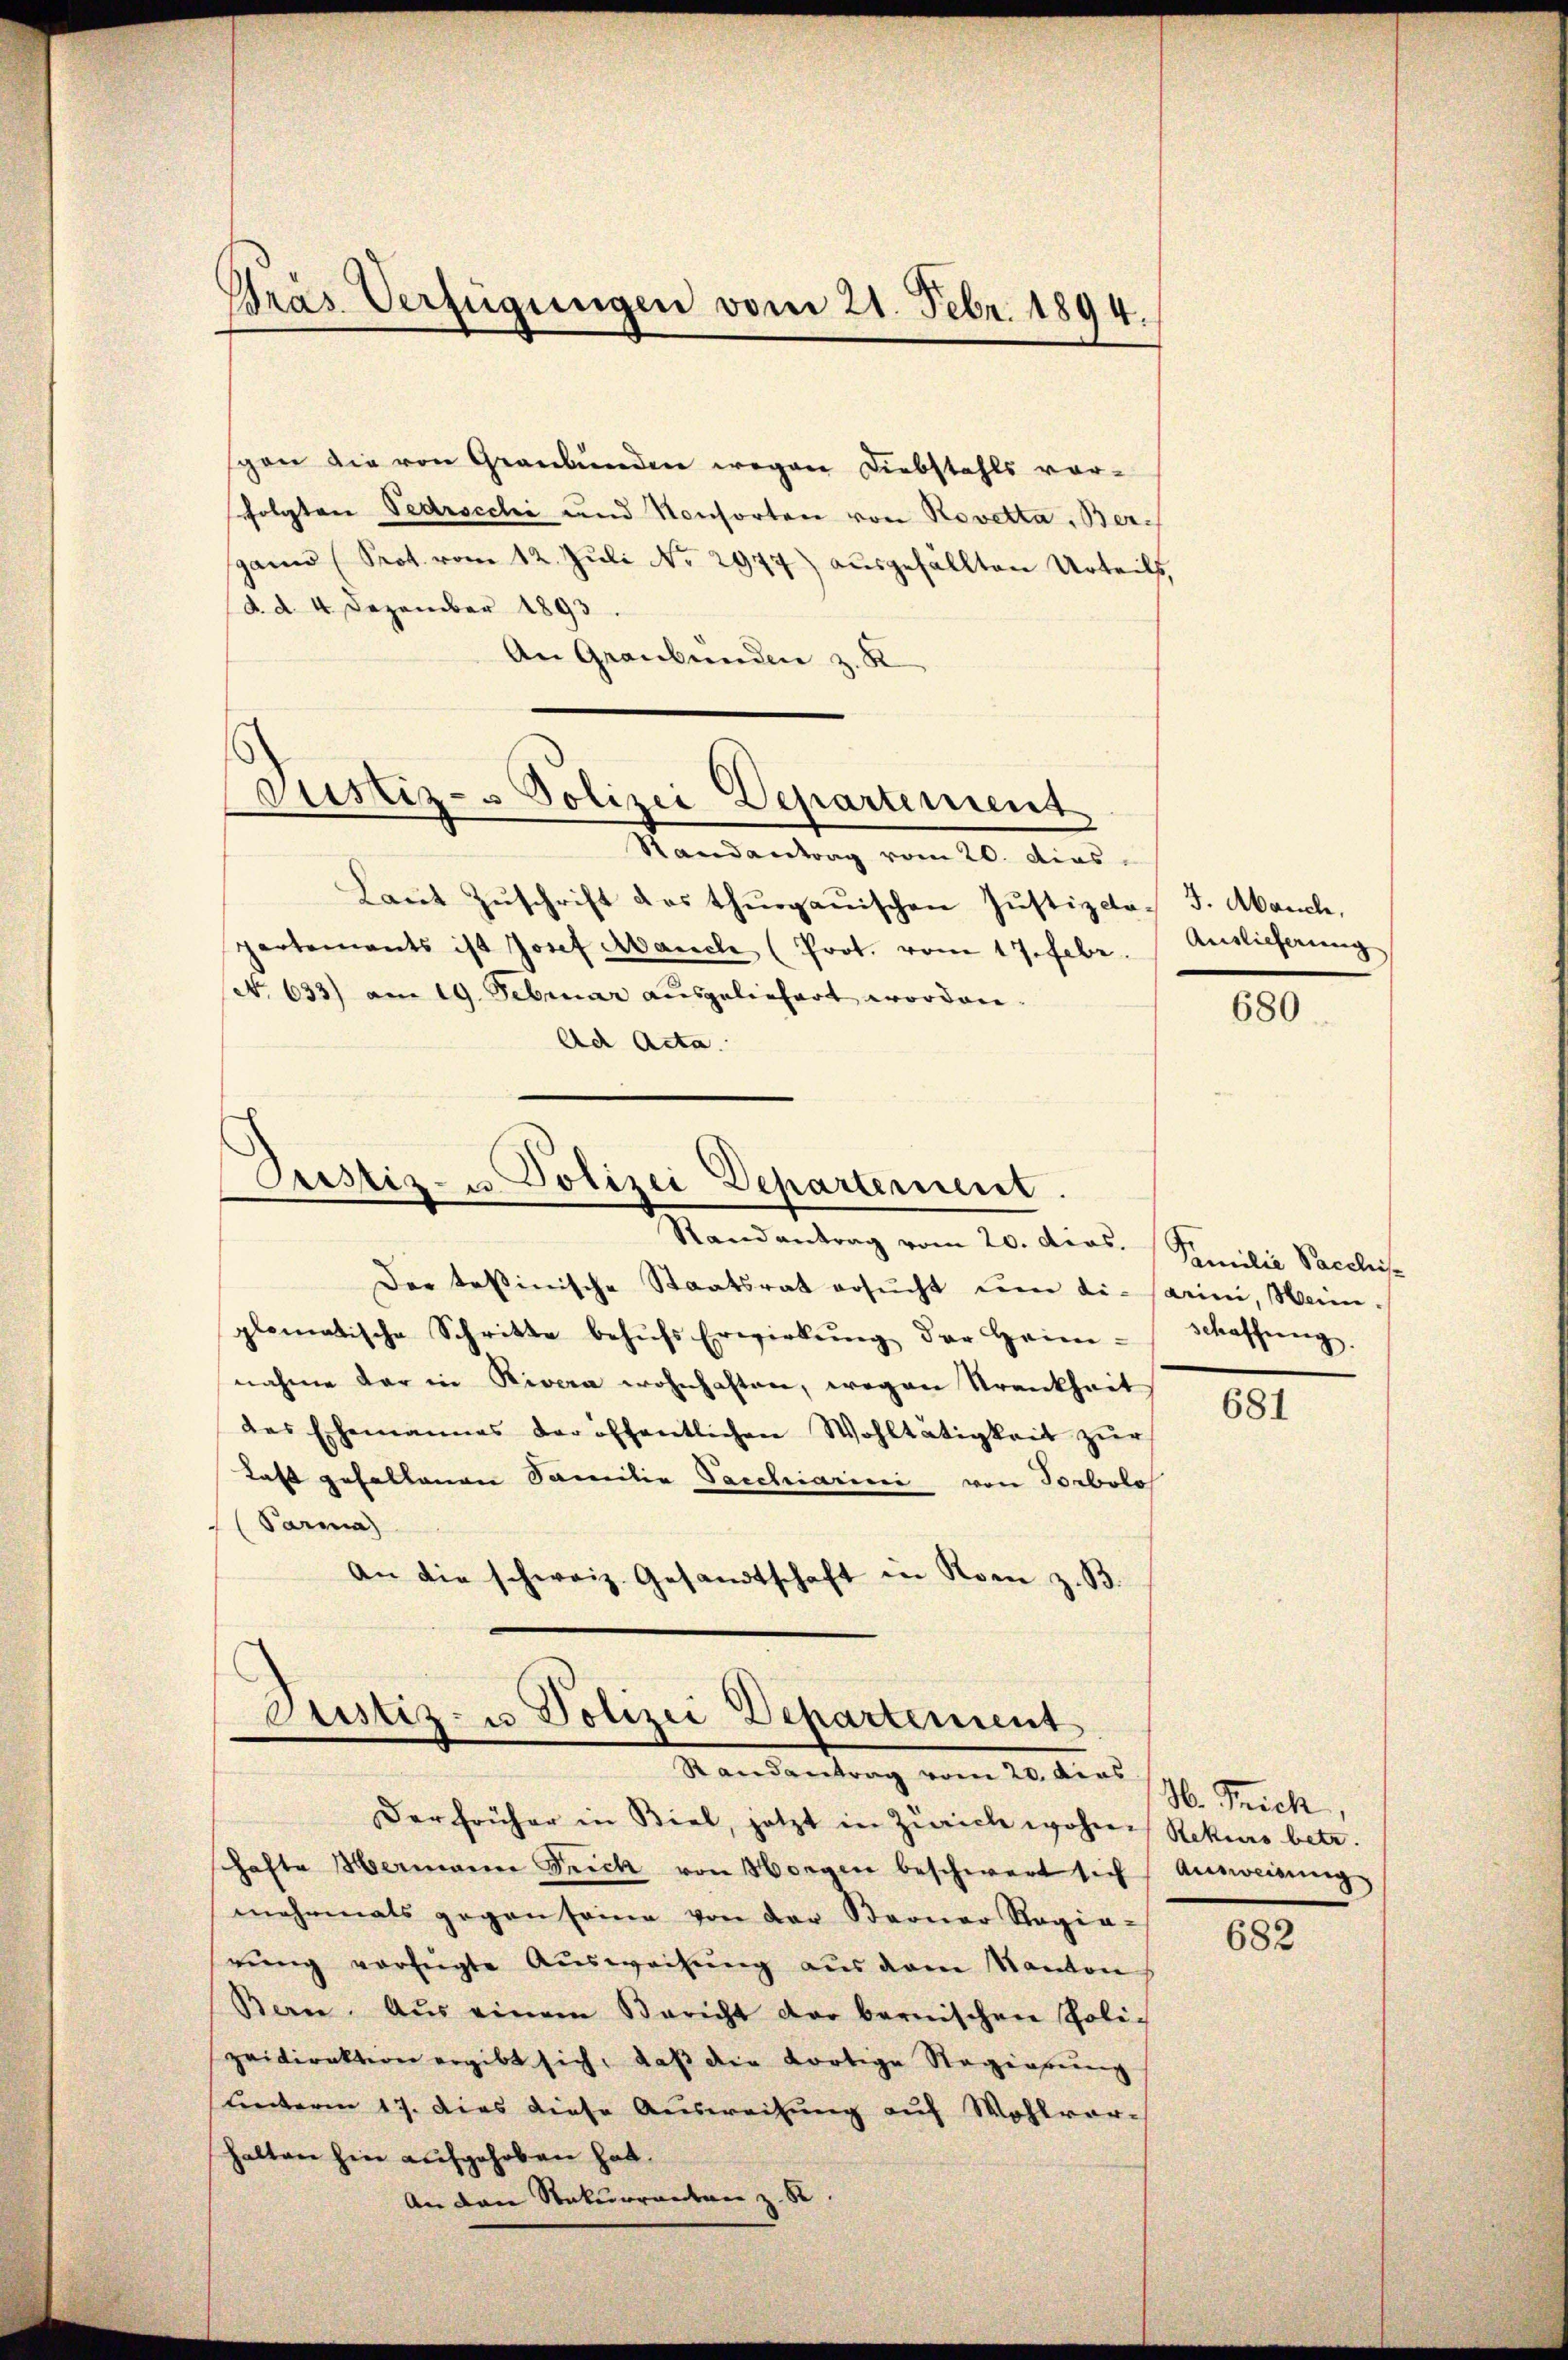
Pras Verfügungen vom 21. Febr. 1894.

Justiz- Polizei Departement

gen die von Graubünden wegen Diebstahls vorfolgten Pedrscchi und Konsorten von Rovetta, Bergann (Prot. vom 12. Jŭli No 2977) ausgefällten Urteils,
d. d. 4. Dezember 1893.
An Graubünden z. K

Randantrag vom 20. dies
Laut Zŭschrift das thurgauischen Justizco
Partements ist Josef Manch (Prot. vom 17. Febr. Auslieferung
(. 633) am 19. Februar ausgeliefert worden.
Ad Acta.

Pustiz- u Polizei Departement.

Justiz- u Polizei Departement
Randantrag vom 20. dies

Randantrag vom 20. dcos. Similie Sacchis
Der textinische Staatsrat ersŭcht ŭm die Parin, Wein-
plomatische Schritte behŭfs Erwirkŭng der Heim-Sassŭng.
nahme der in Nivera wohnhaften, wegen Krankheit
des Ehemannes der öffentlichen Wohltätigkeit zŭr
Last gefallenen Familie Sacchiarini von Porbolos
(Parma
An die schweiz. Gesandtschaft in Rom z. B.

Der früher in Biel, jetzt in Zürich wohnen Rekurs betr.
hafte Hermann Reich von Horgen beschwert sich Ausweisung
mehrmals gegen seine von der Berner Ragia-
rŭng vorzeigte Aŭsweisŭng aus dem Kanton
Bern. Aus einem Bericht der bernischen Polizeidirektion ergibt sich, daß die dortige Regierung
unterm 17. dies diese Ausweisung auf Wohlvorhalten hin aufgehoben hat.
An den Rekurrenten z. B.

J. Manche,

680

681

M. Trich,

682